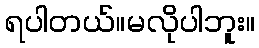
ရပါတယ်။မလိုပါဘူး။